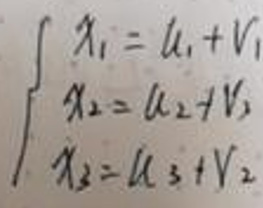
\[
\begin{cases}
x_1 = u_1 + v_1 \\
x_2 = u_2 + v_3 \\
x_3 = u_3 + v_2
\end{cases}
\]